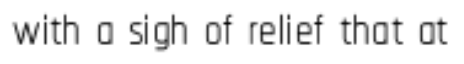
with a sigh of relief that at